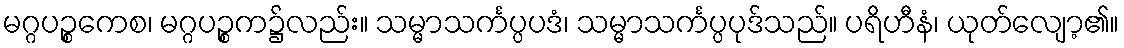
မဂ္ဂပဉ္စကေစ၊ မဂ္ဂပဉ္စက၌လည်း။ သမ္မာသင်္ကပ္ပပဒံ၊ သမ္မာသင်္ကပ္ပပုဒ်သည်။ ပရိဟီနံ၊ ယုတ်လျော့၏။